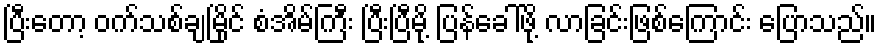
ပြီးတော့ ဝက်သစ်ချမြိုင် စံအိမ်ကြီး ပြီးပြီမို့ ပြန်ခေါ်ဖို့ လာခြင်းဖြစ်ကြောင်း ပြောသည်။